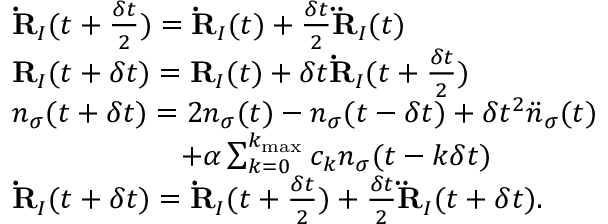
\begin{array} { r l } & { { { \bf \dot { \bf R } } _ { I } } ( t + \frac { \delta t } { 2 } ) = { { \bf \dot { R } } _ { I } } ( t ) + \frac { \delta t } { 2 } { { \bf \ddot { \bf R } } _ { I } } ( t ) } \\ & { { { \bf R } _ { I } } ( t + \delta t ) = { { \bf R } } _ { I } ( t ) + \delta t { { \bf \dot { \bf R } } _ { I } } ( t + \frac { \delta t } { 2 } ) } \\ & { n _ { \sigma } ( t + \delta t ) = 2 n _ { \sigma } ( t ) - n _ { \sigma } ( t - \delta t ) + \delta t ^ { 2 } { \ddot { n } } _ { \sigma } ( t ) } \\ & { ~ ~ ~ ~ ~ ~ ~ ~ ~ ~ ~ ~ ~ ~ ~ ~ ~ + \alpha \sum _ { k = 0 } ^ { k _ { \mathrm { m a x } } } c _ { k } n _ { \sigma } ( t - k \delta t ) } \\ & { { { \bf \dot { \bf R } } _ { I } } ( t + \delta t ) = { { \bf \dot { \bf R } } _ { I } } ( t + \frac { \delta t } { 2 } ) + \frac { \delta t } { 2 } { { \bf \ddot { \bf R } } _ { I } } ( t + \delta t ) . } \end{array}